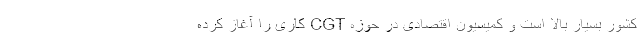
کشور بسیار بالا است و کمیسیون اقتصادی در حوزه CGT کاری را آغاز کرده